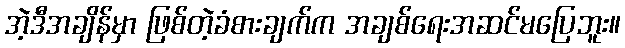
အဲ့ဒီအချိန်မှာ ဖြစ်တဲ့ခံစားချက်က အချစ်ရေးအဆင်မပြေဘူး။